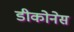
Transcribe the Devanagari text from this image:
डीकोनेस